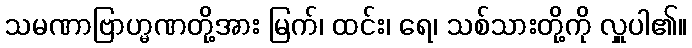
သမဏာဗြာဟ္မဏတို့အား မြက်၊ ထင်း၊ ရေ၊ သစ်သားတို့ကို လှူပါ၏။